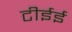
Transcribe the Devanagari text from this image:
टीईई